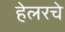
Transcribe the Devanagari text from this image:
हेलरचे